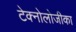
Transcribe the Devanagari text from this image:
टेक्नोलोजीका